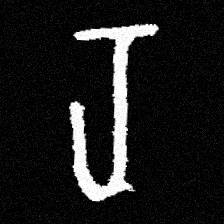
Pyu character \u2014 Myanmar letter: ရ (romanized: ra)